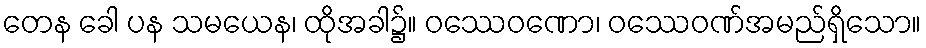
တေန ခေါ ပန သမယေန၊ ထိုအခါ၌။ ဝဿေဝဏော၊ ဝဿေဝဏ်အမည်ရှိသော။